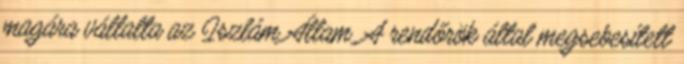
magára vállalta az Iszlám Állam. A rendőrök által megsebesített